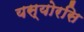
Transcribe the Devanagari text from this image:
यस्योरसि